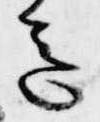
意